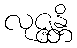
လုဇ္ဇန္တိ